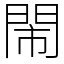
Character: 閙